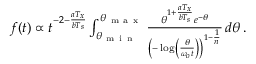
\begin{array} { r } { f ( t ) \propto t ^ { - 2 - \frac { a T _ { x } } { b T _ { s } } } \int _ { \theta _ { \mathrm { ~ m ~ i ~ n ~ } } } ^ { \theta _ { \mathrm { ~ m ~ a ~ x ~ } } } \frac { \theta ^ { 1 + \frac { a T _ { x } } { b T _ { s } } } e ^ { - \theta } } { \left( - \log \left( \frac { \theta } { \omega _ { o } t } \right) \right) ^ { 1 - \frac { 1 } { n } } } \, d \theta \, . } \end{array}